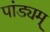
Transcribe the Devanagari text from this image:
पांड्यम्